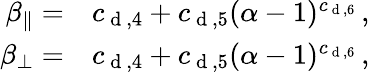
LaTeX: \begin{array}{rl}{\beta_{\parallel}=}&{{}c_{\mathrm{~d~},4}+c_{\mathrm{~d~},5}(\alpha-1)^{c_{\mathrm{~d~},6}}\, ,}\\ {\beta_{\perp}=}&{{}c_{\mathrm{~d~},4}+c_{\mathrm{~d~},5}(\alpha-1)^{c_{\mathrm{~d~},6}}\, ,}\end{array}